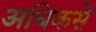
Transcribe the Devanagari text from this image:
अधिकसे